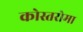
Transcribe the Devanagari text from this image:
कोस्तरोमा